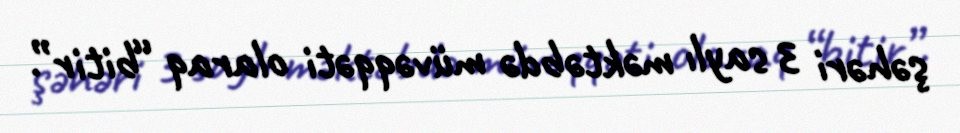
şəhəri 3 saylı məktəbdə müvəqqəti olaraq “bitir”.